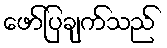
ဖော်ပြချက်သည်